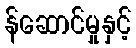
န်ဆောင်မှုနှင့်